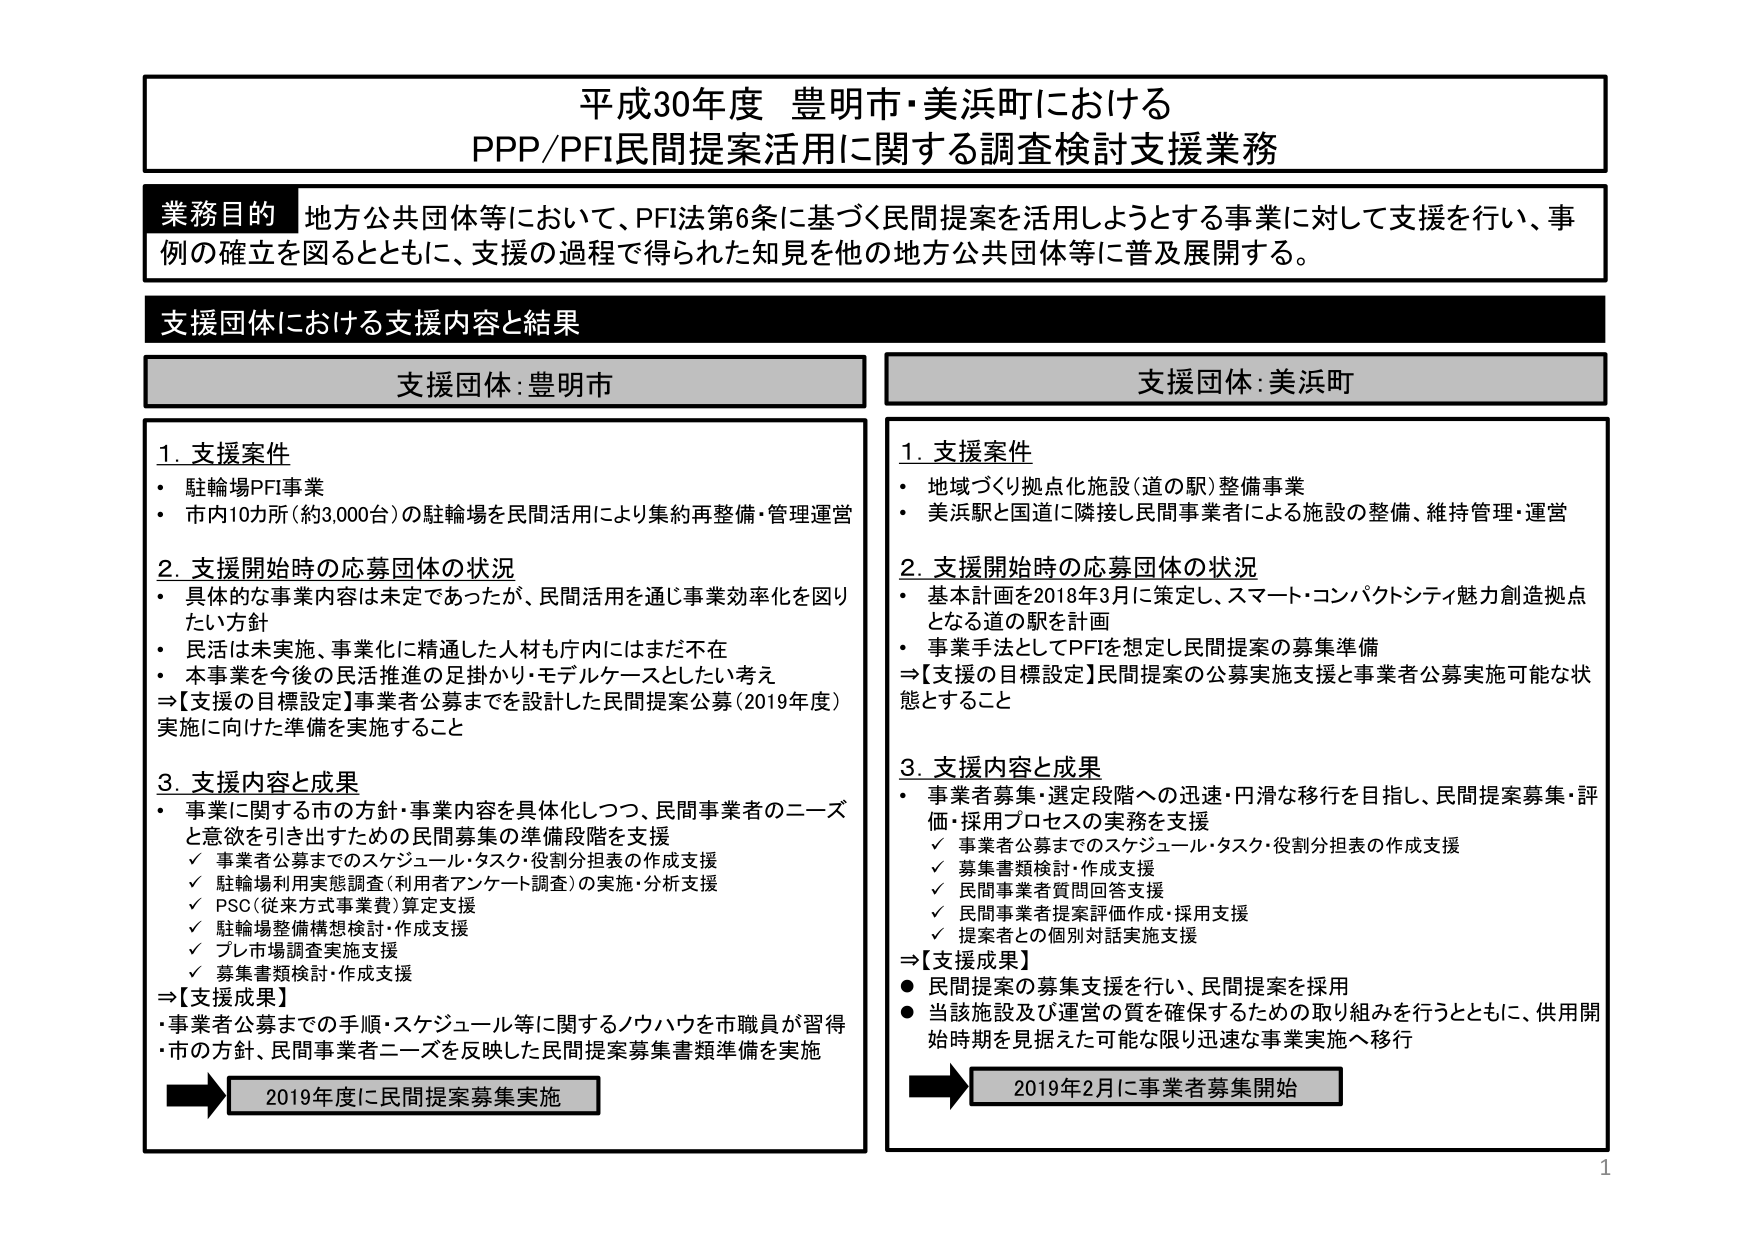
平成30年度 豊明市・美浜町における
PPP/PFI民間提案活用に関する調査検討支援業務

業務目的 地方公共団体等において、PFI法第6条に基づく民間提案を活用しようとする事業に対して支援を行い、事例の確立を図るとともに、支援の過程で得られた知見を他の地方公共団体等に普及展開する。

支援団体における支援内容と結果

支援団体：豊明市

1. 支援案件
・ 駐輪場PFI事業
・ 市内10か所（約3,000台）の駐輪場を民間活用により集約再整備・管理運営

2. 支援開始時の応募団体の状況
・ 具体的な事業内容は未定であったが、民間活用を通じ事業効率化を図りたい方針
・ 民活は未実施、事業化に精通した人材も庁内にはまだ不在
・ 本事業を今後の民活推進の足掛かり・モデルケースとしたい考え
⇒【支援の目標設定】事業者公募までを設計した民間提案公募（2019年度）実施に向けた準備を実施すること

3. 支援内容と成果
・ 事業に関する市の方針・事業内容を具体化しつつ、民間事業者のニーズと意欲を引き出すための民間募集の準備段階を支援
　✓ 事業者公募までのスケジュール・タスク・役割分担表の作成支援
　✓ 駐輪場利用実態調査（利用者アンケート調査）の実施・分析支援
　✓ PSC（従来方式事業費）算定支援
　✓ 駐輪場整備構想検討・作成支援
　✓ プレ市場調査実施支援
　✓ 募集書類検討・作成支援
⇒【支援成果】
・ 事業者公募までの手順・スケジュール等に関するノウハウを市職員が習得
・ 市の方針、民間事業者ニーズを反映した民間提案募集書類準備を実施

→ 2019年度に民間提案募集実施

支援団体：美浜町

1. 支援案件
・ 地域づくり拠点化施設（道の駅）整備事業
・ 美浜駅と国道に隣接し民間事業者による施設の整備、維持管理・運営

2. 支援開始時の応募団体の状況
・ 基本計画を2018年3月に策定し、スマート・コンパクトシティ魅力創造拠点となる道の駅を計画
・ 事業手法としてPFIを想定し民間提案の募集準備
⇒【支援の目標設定】民間提案の公募実施支援と事業者公募実施可能な状態とすること

3. 支援内容と成果
・ 事業者募集・選定段階への迅速・円滑な移行を目指し、民間提案募集・評価・採用プロセスの実務を支援
　✓ 事業者公募までのスケジュール・タスク・役割分担表の作成支援
　✓ 募集書類検討・作成支援
　✓ 民間事業者質問回答支援
　✓ 民間事業者提案評価作成・採用支援
　✓ 提案者との個別対話実施支援
⇒【支援成果】
● 民間提案の募集支援を行い、民間提案を採用
● 当該施設及び運営の質を確保するための取り組みを行うとともに、供用開始時期を見据えた可能な限り迅速な事業実施へ移行

→ 2019年2月に事業者募集開始

1